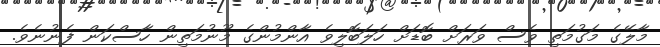
މާލޭގެ މަގުމަތި ވެސް ވަރަށް ބޮޑަށް ހަލަބޮލިވެ އާންމުންގެ މޫނުމަތިން ހާސްކަން ފެނުނެވެ.